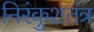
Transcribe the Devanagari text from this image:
निरंकुशतंत्र